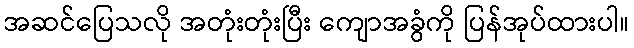
အဆင်ပြေသလို အတုံးတုံးပြီး ကျောအခွံကို ပြန်အုပ်ထားပါ။